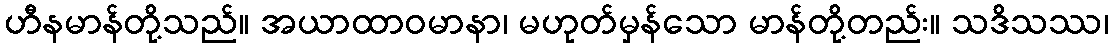
ဟီနမာန်တို့သည်။ အယာထာဝမာနာ၊ မဟုတ်မှန်သော မာန်တို့တည်း။ သဒိသဿ၊